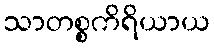
သာတစ္စကိရိယာယ